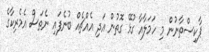
ޕާކިސްތާނުން މި ހަމަލާއާ ގުޅޭ ގޮތުން އަދި އެއްޗެއް ބުނެފައި ނެތަސް އެމެރިކާގެ